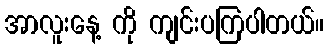
အာလူးနေ့ ကို ကျင်းပကြပါတယ်။